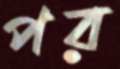
পর